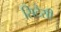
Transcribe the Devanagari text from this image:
सिटैसी